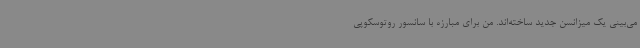
می‌بینی یک میزانسن جدید ساخته‌اند. من برای مبارزه با سانسور روتوسکوپی